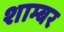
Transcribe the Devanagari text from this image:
शाम्बर